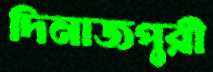
দিনাজপুরী